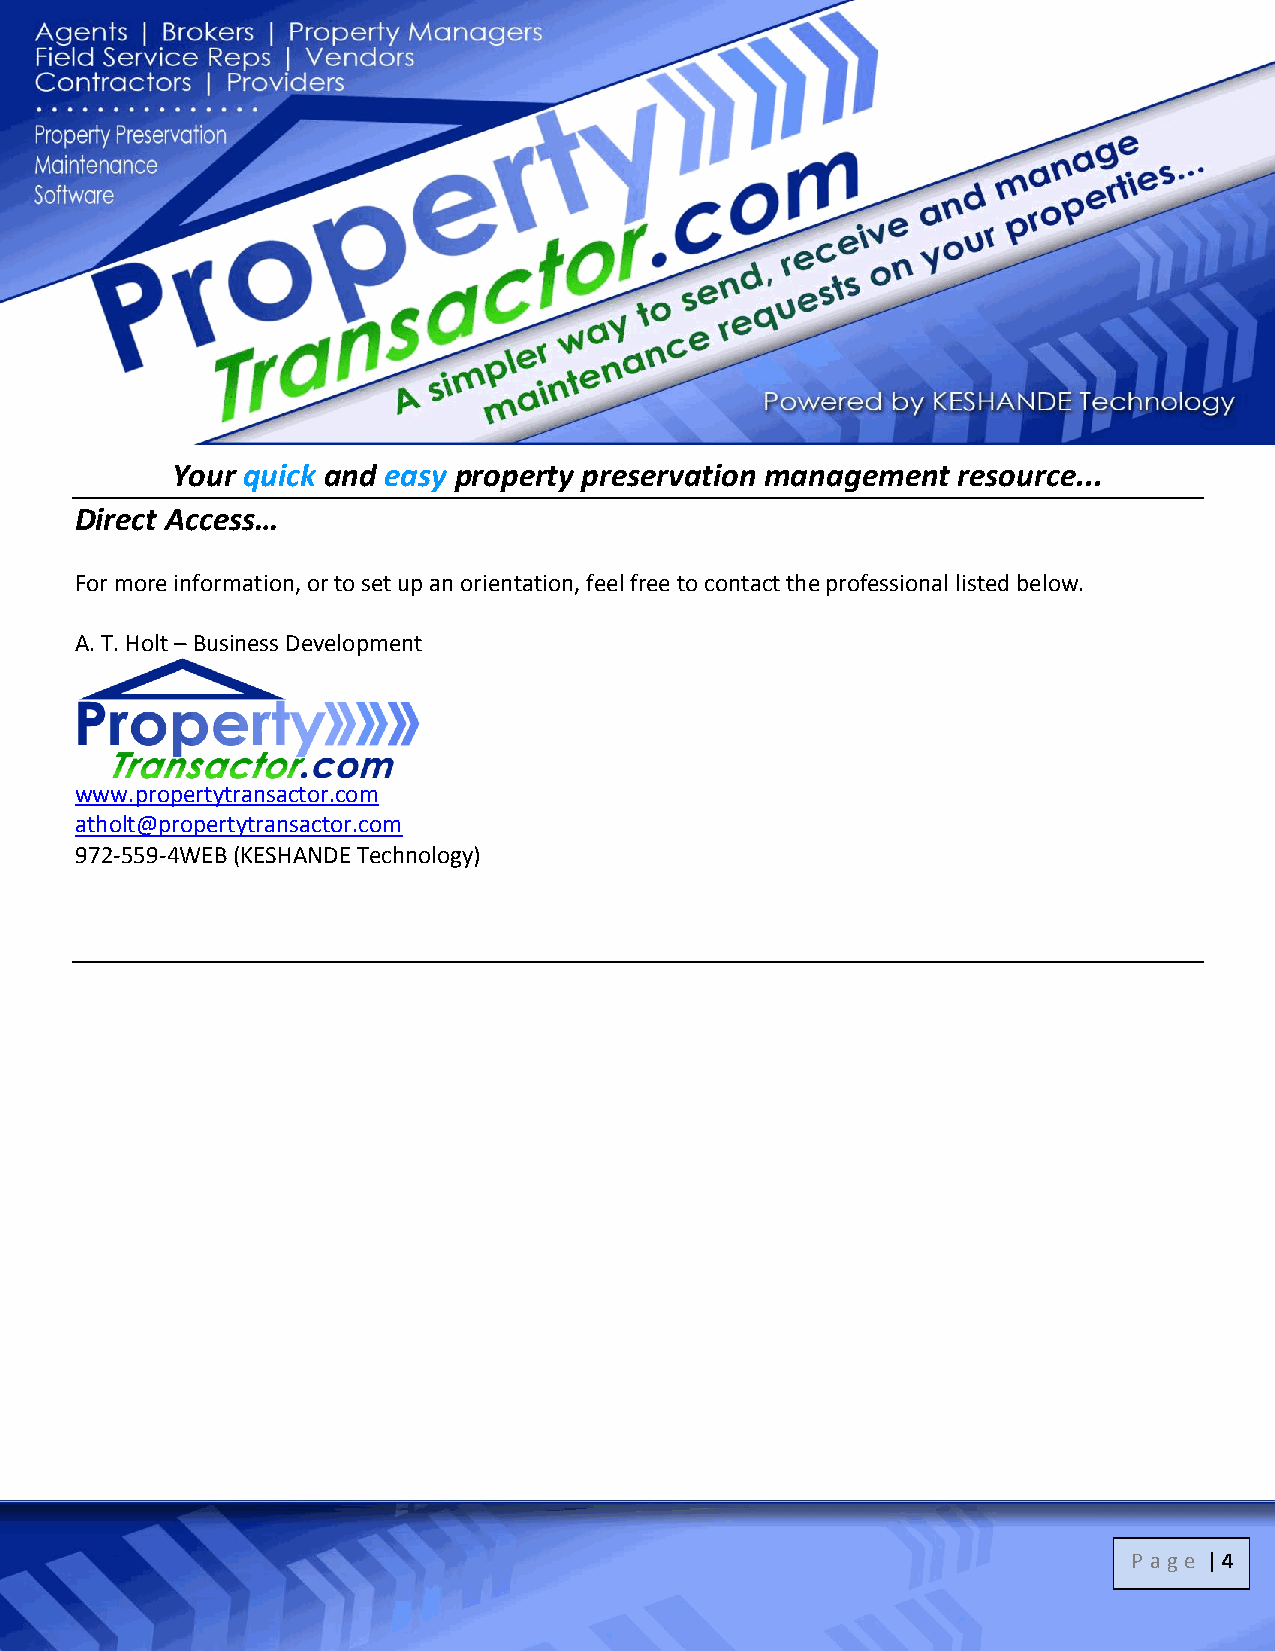
Your quick and easy property preservation management resource...
 Direct Access…
 For more information, or to set up an orientation, feel free to contact the professional listed below.
 A. T. Holt – Business Development
 www.propertytransactor.com
 atholt@propertytransactor.com
 972-559-4WEB (KESHANDE Technology)
 P age | 4